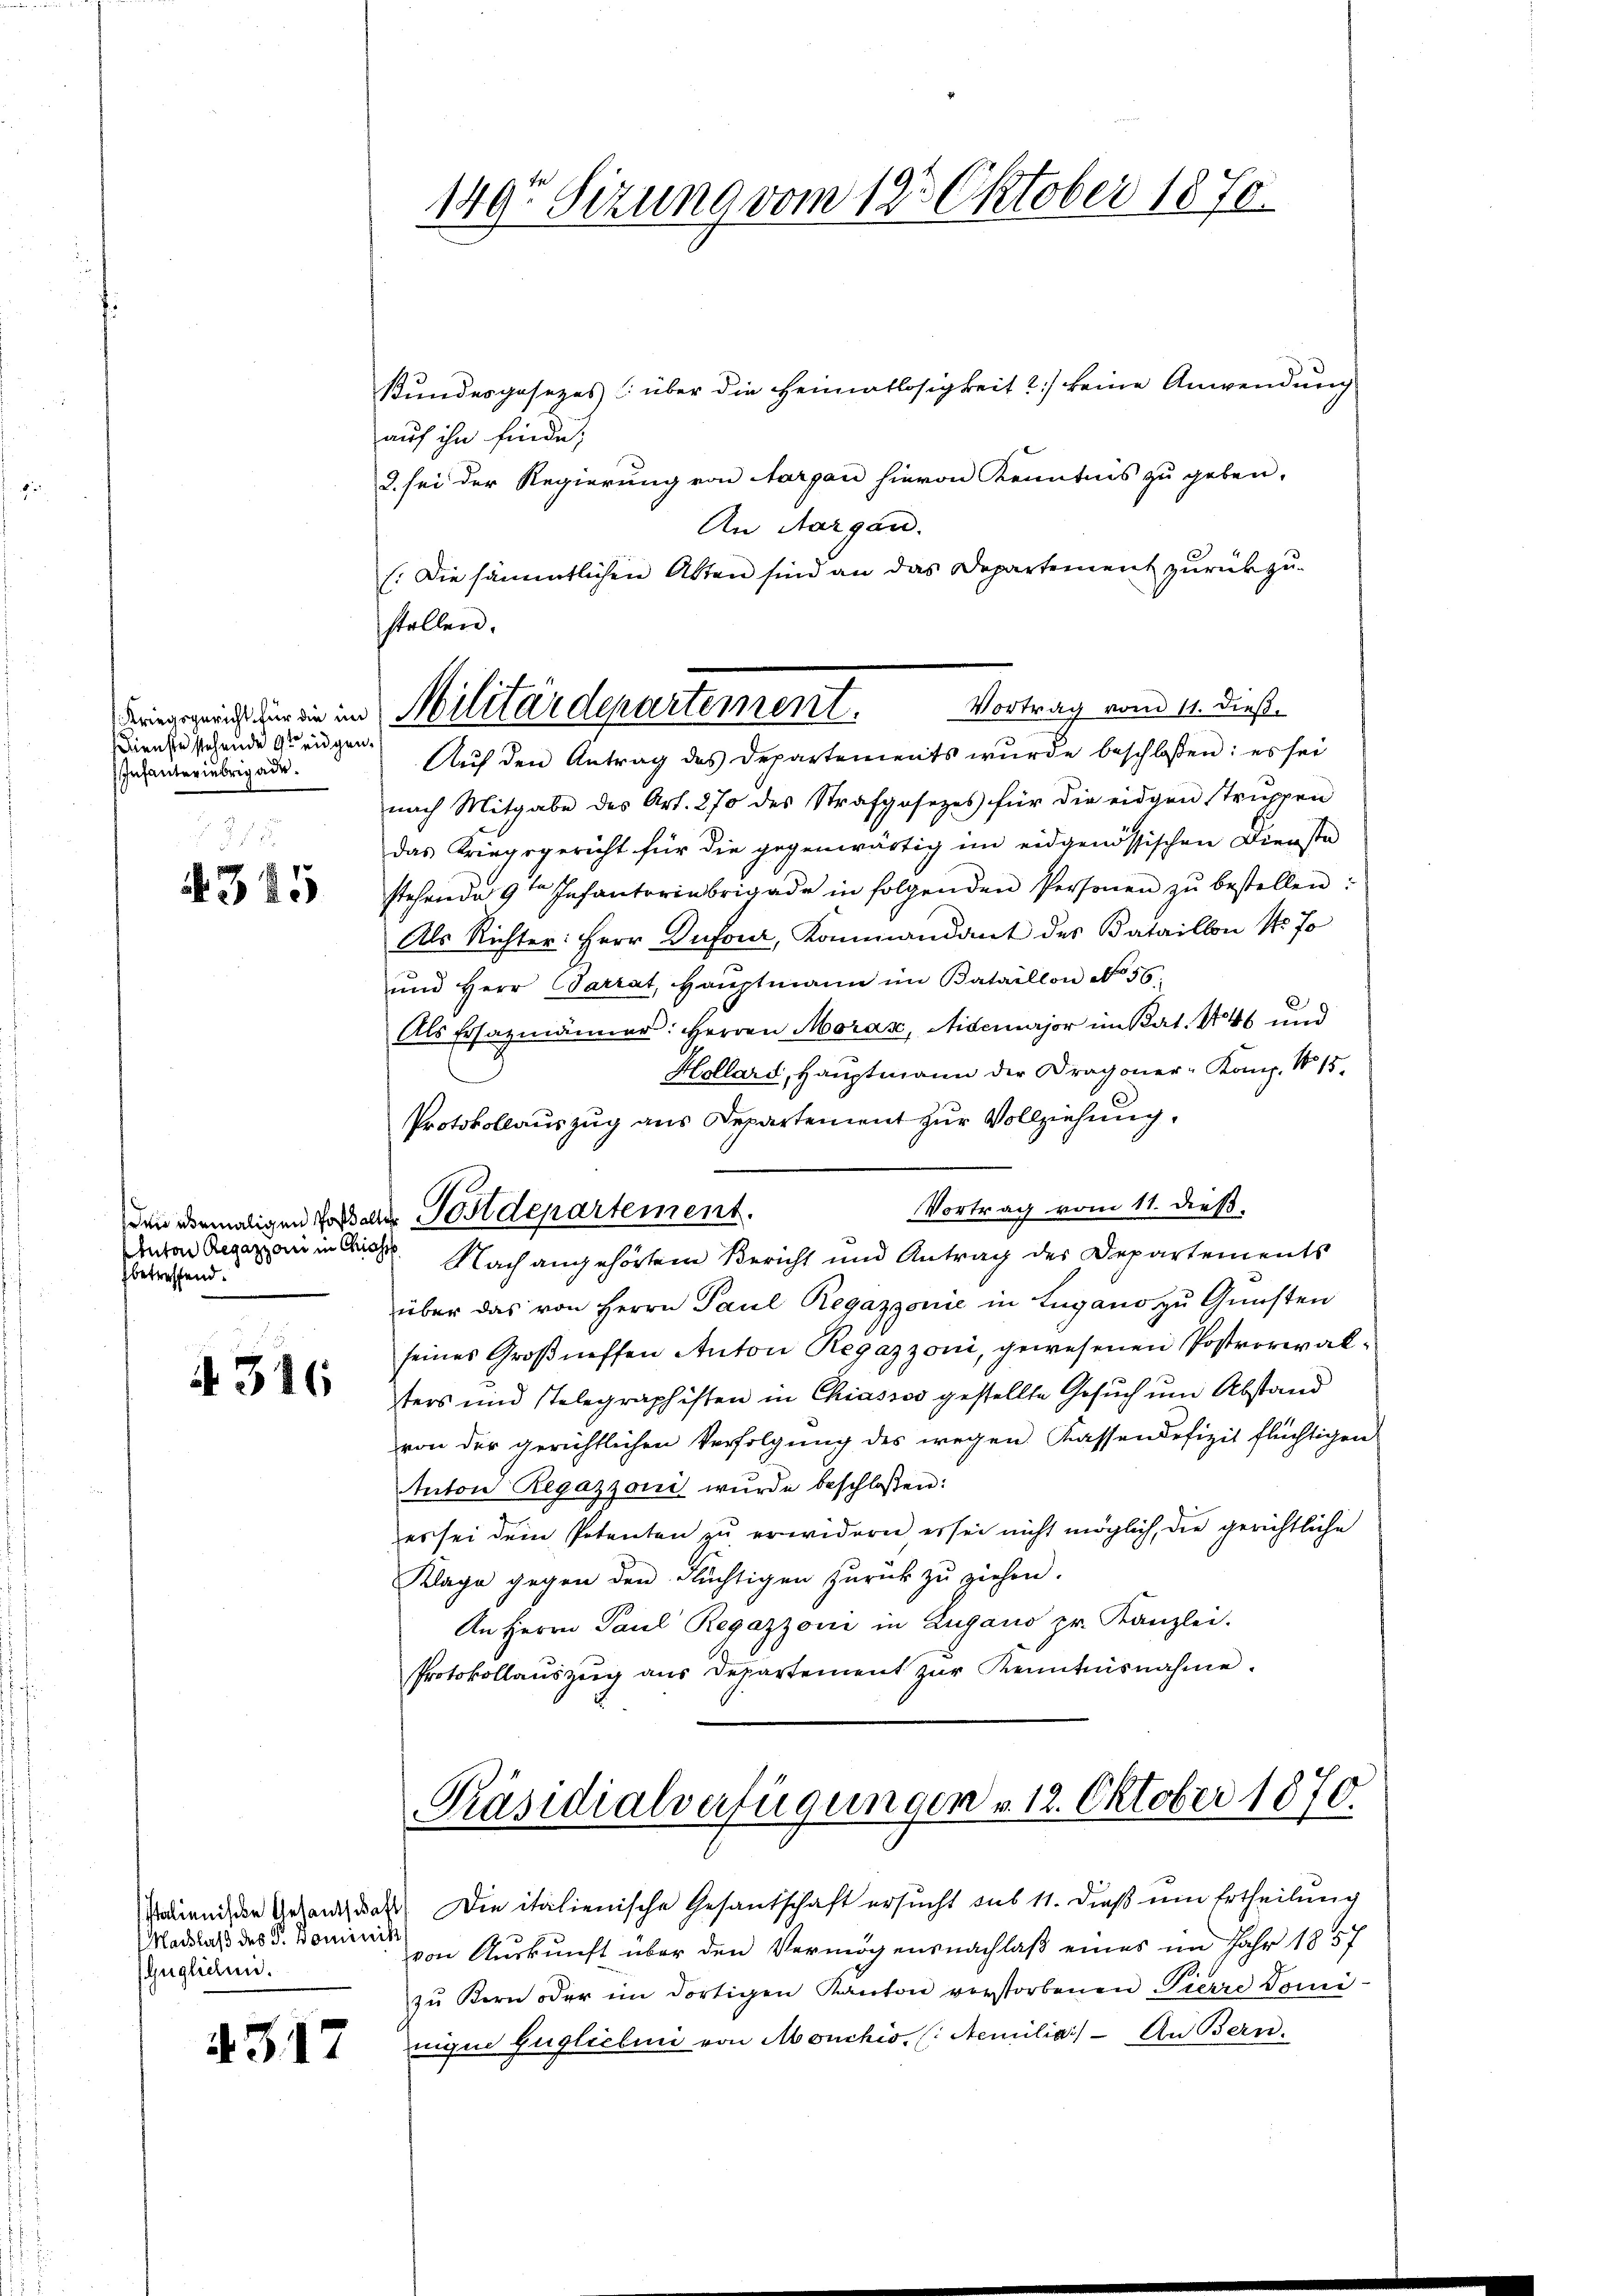
Kriegsgericht für die in
Dienste stehende zu eidgen.
Infanteriebrigade.

4325

nton Regazzan in Chiass
betreffend.

A 316

Italienische Gesantschaf
Marklaß des P. Dominik
Guglichen.

4317

149 Sizung vom 12. Oktober 1870

Militärdepartement. Vortrag vom 11. dieß.

Bundesgesezes über die Heimatlosigkeit 2) keine Anwendung
auf ihn finde,
2. sei der Regierung von Aargau hievon Kenntnis zu geben.
An Aargau.
/:Die sämmtlichen Akten sind an das Departement zurückzu-
stollen.
Aŭf den Antrag des Departements wurde beschlossen: es sei
nach Mitgabe des Art. 270 des Strafgosezes für die eidgen struppen
das Kriegsgericht für die gegenwärtig im eidgenössischen Diensta
stehende 9ten Infanterinbrigade in folgenden Personen zŭ bestellen:
Als Richter: Herr Dufour, Kommandant des Bataillon 15 fo
ŭnd Herr Carrat, Haŭptmann im Bataillon No. 56.
Als Ersazmänner: Herren Morax, Aidemajor im Rat. 446 und
Hollard, Hauptmann der Dragoner-Kanz. No 15.
Protokollauszug aus Departement zur Vollziehung.
Vortrag vom 11. dieß,
den dermaligen dass der Postdepartement.
Nach angehörtem Bericht und Antrag der Departements
über das von Herrn Paul Regazzonie in Lugano zŭ Gŭnsten
seines Großneffen Anton Regazzoni, gewesenen Postverwalters und stelegraphisten in Chiassos gestellte Gesuch um Abstand
von der gerichtlichen Verfolgung des wegen Kassendefizit flüchtigen
tuton Regazzoni wurde beschlossen:
es sei dem Petenten zu erwidern er sei nicht möglich, die gerichtliche
Klage gegen den Flüchtigen zurück zu ziehen.
An Herrn Paul Regazzoni in Zugano pr. Kanzlei.
Protokollauszug aus Departement zur Kenntnisnahme.

Präsidialverfügungen v. 12. Oktober 1870.

Die italienische Gesandschaft ersucht sub 11. Dieß um Ertheilung
von Auskunft über den Vermögensnachlaß eines im Jahr 1857
zŭ Kern oder im dortigen Kanton verstorbenen Pierre Tomi-
nune füglichen von Monchis, (: Aemilia) - An Bern.